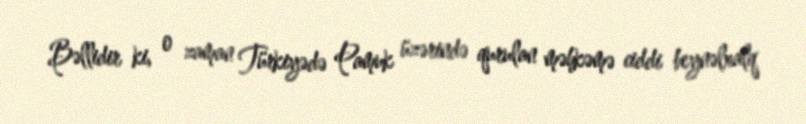
Bəllidir ki, o zaman Türkiyədə Pamuk üzərində qurulan məhkəmə ciddi beynəlxalq